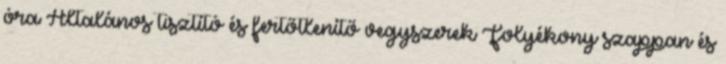
óra Általános tisztító és fertőtlenítő vegyszerek Folyékony szappan és